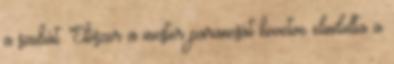
a szobát. Először a mester parancsát követve elindulta a